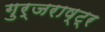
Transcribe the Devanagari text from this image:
गुर्जराष्ट्र